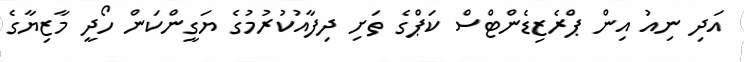
އަދި ނިއު އިން ޕްރެޒިޑެންޓްސް ކަޕްގެ ތަށި ދިފާއުކުރުމުގެ ޔަގީންކަން ހޯދީ މާޒިޔާގެ